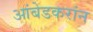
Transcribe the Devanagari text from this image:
आंबेडकरांन